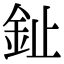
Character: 䤠